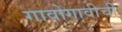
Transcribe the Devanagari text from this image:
गावोगावीची